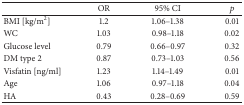
<table><thead><tr><td><b> </b></td><td><b>OR</b></td><td><b>95% CI</b></td><td><b><i>p</i></b></td></tr></thead><tbody><tr><td>BMI [kg/m<sup>2</sup>]</td><td>1.2</td><td>1.06–1.38</td><td>0.01</td></tr><tr><td>WC</td><td>1.03</td><td>0.98–1.18</td><td>0.02</td></tr><tr><td>Glucose level</td><td>0.79</td><td>0.66–0.97</td><td>0.32</td></tr><tr><td>DM type 2</td><td>0.87</td><td>0.73–1.03</td><td>0.56</td></tr><tr><td>Visfatin [ng/ml]</td><td>1.23</td><td>1.14–1.49</td><td>0.01</td></tr><tr><td>Age</td><td>1.06</td><td>0.97–1.18</td><td>0.04</td></tr><tr><td>HA</td><td>0.43</td><td>0.28–0.69</td><td>0.59</td></tr></tbody></table>